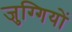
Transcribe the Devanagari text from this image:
जुग्गियों